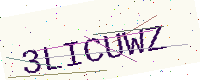
Text: 3LICUWZ